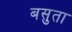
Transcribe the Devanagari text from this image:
बसुता